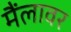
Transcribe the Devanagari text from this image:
मैंलावर